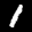
Label: 1